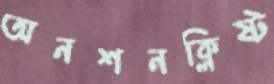
অনশনক্লিষ্ট